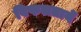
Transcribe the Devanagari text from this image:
विफलतायें